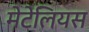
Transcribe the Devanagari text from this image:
मेटेलियस